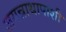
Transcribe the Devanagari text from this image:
जगन्नाथापाशी